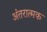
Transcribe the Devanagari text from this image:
अंतरात्मक